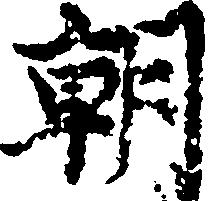
朝